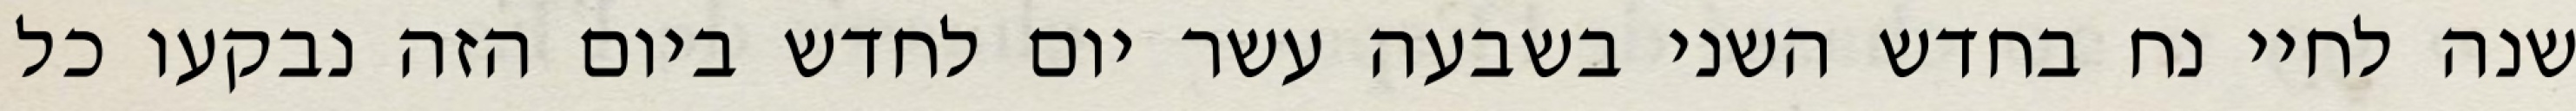
שנה לחיי נח בחדש השני בשבעה עשר יום לחדש ביום הזה נבקעו כל